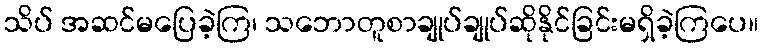
သိပ် အဆင်မပြေခဲ့ကြ၊ သဘောတူစာချုပ်ချုပ်ဆိုနိုင်ခြင်းမရှိခဲ့ကြပေ။